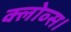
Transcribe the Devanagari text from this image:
क्लोव्स।